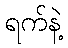
ရက်နဲ့